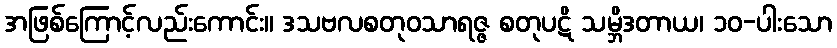
အဖြစ်ကြောင့်လည်းကောင်း။ ဒသဗလစတုဝသာရဇ္ဇ စတုပဋိ သမ္ဘိဒတာယ၊ ၁၀-ပါးသော